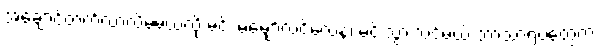
အချောင်တတ်လာလိမ့်မယ်လို့ မင်း မမျှော်လင့်လေနဲ့၊ မင်းသွားသင်မယ့် ဘာသာရပ်တွေက